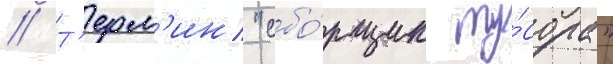
// Т'ерм'ин "сбо́рщик му́сора"